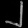
Digit: ၂